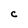
Character: C